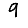
Digit: 9